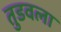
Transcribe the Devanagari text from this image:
तुडवला